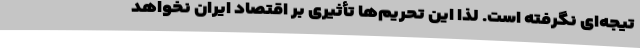
تیجه‌ای نگرفته است. لذا این تحریم‌ها تأثیری بر اقتصاد ایران نخواهد